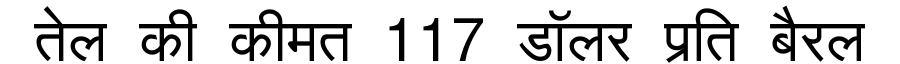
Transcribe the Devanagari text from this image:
तेल की कीमत 117 डॉलर प्रति बैरल